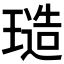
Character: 𭹱